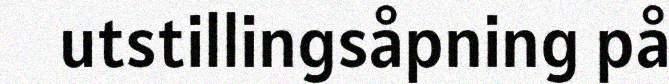
utstillingsåpning på